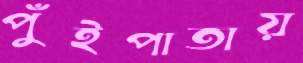
পুঁইপাতায়